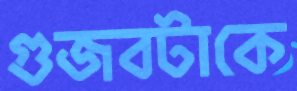
গুজবটাকে